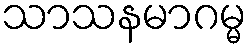
သာသနမာဂမ္မ